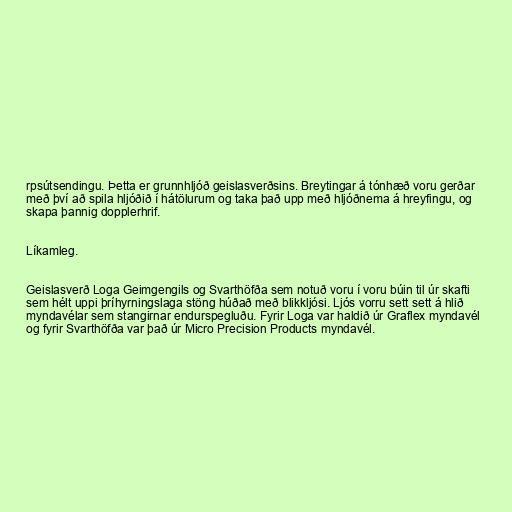
rpsútsendingu. Þetta er grunnhljóð geislasverðsins. Breytingar á tónhæð voru gerðar
með því að spila hljóðið í hátölurum og taka það upp með hljóðnema á hreyfingu, og
skapa þannig dopplerhrif.

Líkamleg.

Geislasverð Loga Geimgengils og Svarthöfða sem notuð voru í voru búin til úr skafti
sem hélt uppi þríhyrningslaga stöng húðað með blikkljósi. Ljós vorru sett sett á hlið
myndavélar sem stangirnar endurspegluðu. Fyrir Loga var haldið úr Graflex myndavél
og fyrir Svarthöfða var það úr Micro Precision Products myndavél.